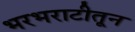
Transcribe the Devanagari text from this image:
भरभराटीतून